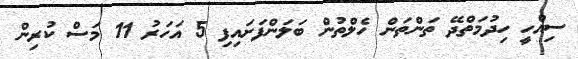
ސިއްހީ ހިދުމަތްދޭ ތަންތަން ހެލްތުން ބަލަންފަށައިފި 5 އަހަރު 11 މަސް ކުރިން